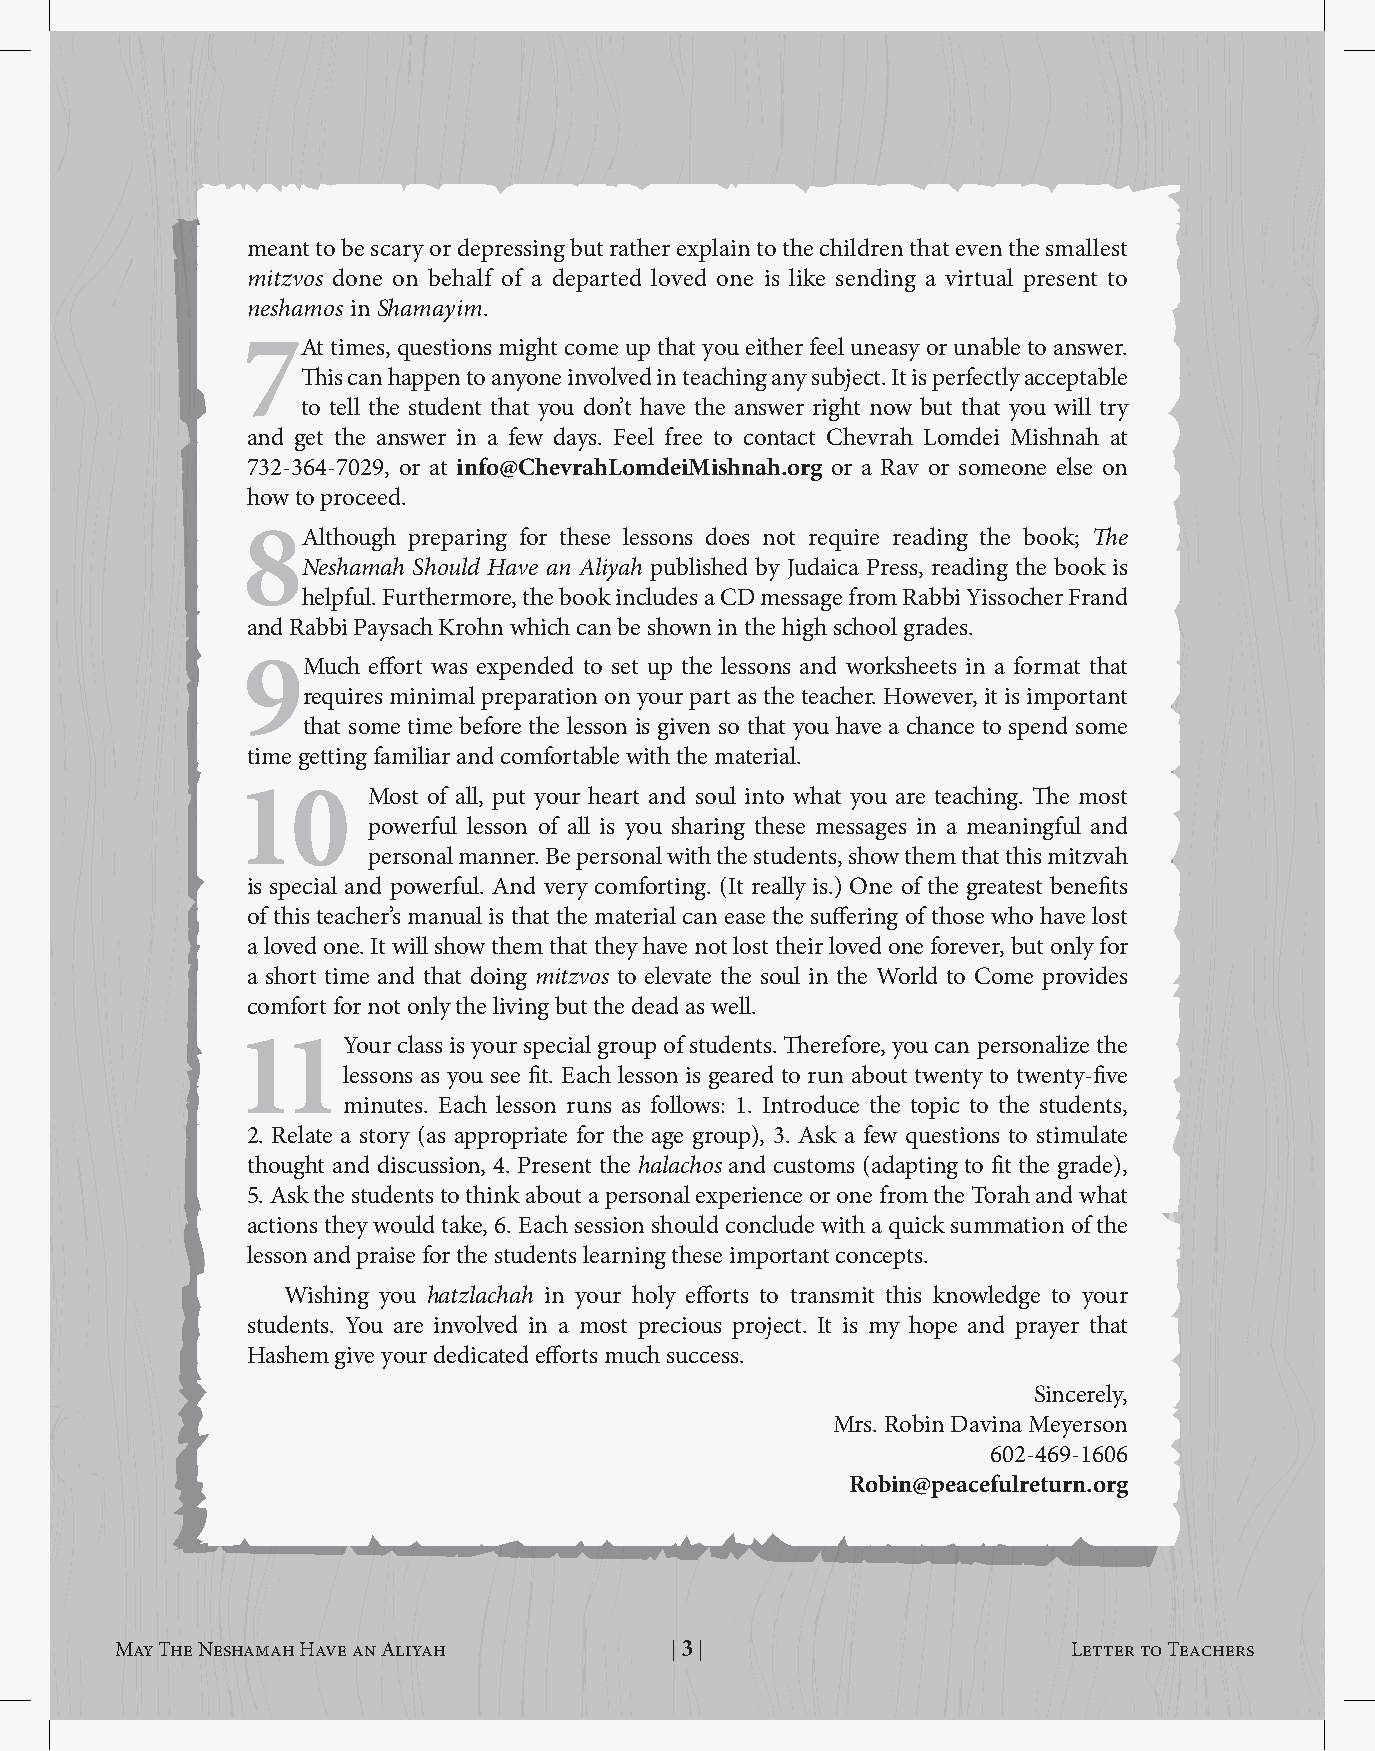
meant to be scary or depressing but rather explain to the children that even the smallest
 mitzvos done on behalf of a departed loved one is like sending a virtual present to
 neshamos in Shamayim.
 7At   times, questions might come up that you either feel uneasy or unable to answer.
 This can happen to anyone involved in teaching any subject. It is perfectly acceptable
 to tell the student that you don’t have the answer right now but that you will try
 and get the answer in a few days. Feel free to contact Chevrah Lomdei Mishnah at
 732-364-7029, or at info@ChevrahlomdeiMishnah.org or a Rav or someone else on
 how to proceed.
 8Although  preparing for these lessons does not require reading the book; The
 Neshamah Should Have an Aliyah published by Judaica Press, reading the book is
 helpful. Furthermore, the book includes a CD message from Rabbi Yissocher Frand
 and Rabbi Paysach Krohn which can be shown in the high school grades.
 9Much   effort was expended to set up the lessons and worksheets in a format that
 requires minimal preparation on your part as the teacher. However, it is important
 that some time before the lesson is given so that you have a chance to spend some
 time getting familiar and comfortable with the material.
 1       Most of all, put your heart and soul into what you are teaching. The most
 powerful lesson of all is you sharing these messages in a meaningful and
 personal manner. Be personal with the students, show them that this mitzvah
 is special and powerful. And very comforting. (It really is.) One of the greatest benefits
 of this teacher’s manual is that the material can ease the suffering of those who have lost
 a loved one. It will show them that they have not lost their loved one forever, but only for
 a short time and that doing mitzvos to elevate the soul in the World to Come provides
 comfort for not only the living but the dead as well.
 1      Your class is your special group of students. Therefore, you can personalize the
 lessons as you see fit. Each lesson is geared to run about twenty to twenty-five
 minutes. Each lesson runs as follows: 1. Introduce the topic to the students,
 2. Relate a story (as appropriate for the age group), 3. Ask a few questions to stimulate
 thought and discussion, 4. Present the halachos and customs (adapting to fit the grade),
 5. Ask the students to think about a personal experience or one from the Torah and what
 actions they would take, 6. Each session should conclude with a quick summation of the
 lesson and praise for the students learning these important concepts.
 Wishing you hatzlachah in your holy efforts to transmit this knowledge to your
 students. You are involved in a most precious project. It is my hope and prayer that
 Hashem give your dedicated efforts much success.
 Sincerely,
 Mrs. Robin Davina Meyerson
 602-469-1606
 Robin@peacefulreturn.org
 May The Neshamah Have an Aliyah     | 3 |                      Letter to Teachers   May The Neshamah Have an Aliyah      | 4 |                         Introduction